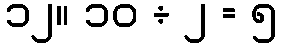
၁၂။ ၁၀ ÷ ၂ = ၅